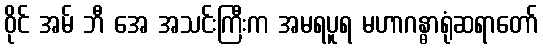
ဝိုင် အမ် ဘီ အေ အသင်းကြီးက အမရပူရ မဟာဂန္ဓာရုံဆရာတော်